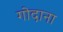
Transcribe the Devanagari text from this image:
गोदाना